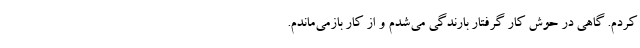
کردم. گاهی در حوش کار گرفتار بارندگی می‌شدم و از کار بازمی‌ماندم.